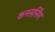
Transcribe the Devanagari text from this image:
कनसर्निंग